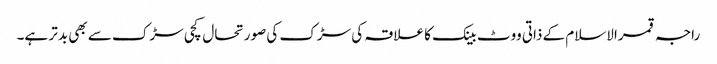
راجہ قمرالاسلام کے ذاتی ووٹ بینک کا علاقہ کی سڑک کی صورتحال کچی سڑک سے بھی بدتر ہے۔